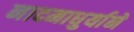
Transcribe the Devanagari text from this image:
नादमाधुर्याने